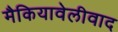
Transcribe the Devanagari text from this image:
मैकियावेलीवाद